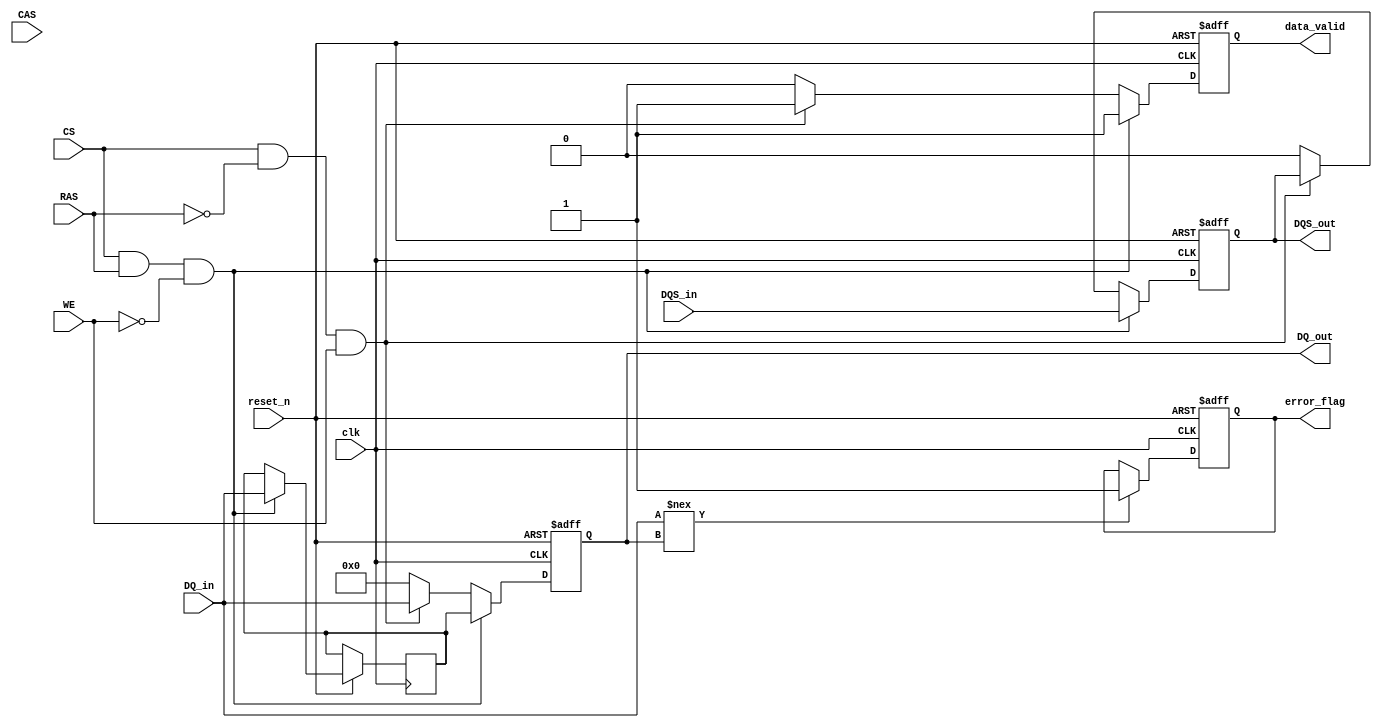
module LPDDR5_IO_Block (
    input           clk,          // Clock signal
    input           reset_n,      // Active low reset
    input [15:0]    DQ_in,        // Incoming data signals
    input           DQS_in,       // Incoming data strobe
    input           CS,           // Chip Select
    input           RAS,          // Row Address Strobe
    input           CAS,          // Column Address Strobe
    input           WE,           // Write Enable
    output reg [15:0] DQ_out,     // Outgoing data signals
    output reg       DQS_out,      // Outgoing data strobe
    output reg       data_valid,    // Indicate valid data
    output reg       error_flag     // Error detection flag
);

// Parameters
parameter DATA_WIDTH = 16;        // Default data width (changeable to x4, x8, x16)
parameter DATA_RATE = 6400;        // Maximum data rate in MT/s

// Internal signals
reg [DATA_WIDTH-1:0] data_buffer;  // Data buffer
reg calibrated;                     // Calibration status
reg power_state;                   // Power state (0: Active, 1: Sleep, etc.)

// Control Logic
always @(posedge clk or negedge reset_n) begin
    if (!reset_n) begin
        DQ_out <= 0;
        DQS_out <= 0;
        data_valid <= 0;
        error_flag <= 0;
        calibrated <= 0;
        power_state <= 0; // Active state
    end else begin
        // Example Control Logic:
        if (CS && RAS && !WE) begin
            // Read Operation
            data_buffer <= DQ_in; // Capture incoming data
            DQ_out <= data_buffer; // Output data
            DQS_out <= DQS_in; // Capture incoming strobe
            data_valid <= 1; // Indicate valid data
        end else if (CS && !RAS && WE) begin
            // Write Operation
            DQ_out <= DQ_in; // Send data to memory device
            data_valid <= 1; // Indicate valid data
        end else begin
            DQ_out <= 0; // Default high-impedance state
            DQS_out <= 0;
            data_valid <= 0;
        end

        // Error Handling (example logic)
        if (DQ_in !== DQ_out) begin
            error_flag <= 1; // Set error flag if data mismatch
        end

        // Power Management Logic (example)
        // Example conditions for power states
        if (!CS) begin
            power_state <= 1; // Enter sleep state
        end else begin
            power_state <= 0; // Active state
        end
        
        // Calibration Logic (simplified example)
        calibrated <= 1; // Assume calibration is completed
    end
end

endmodule